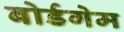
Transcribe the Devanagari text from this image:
बोर्डगेम